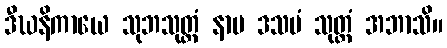
ဒီဃနိကာယေ သုဘသုတ္တံ နာမ ဒသမံ သုတ္တံ အဘာသိ။